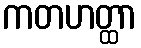
ကတဟတ္ထာ